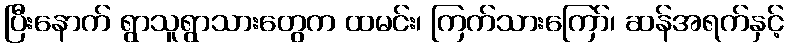
ပြီးနောက် ရွာသူရွာသားတွေက ထမင်း၊ ကြက်သားကြော်၊ ဆန်အရက်နှင့်